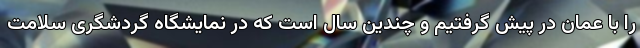
را با عمان در پیش گرفتیم و چندین سال است که در نمایشگاه گردشگری سلامت